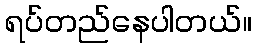
ရပ်တည်နေပါတယ်။